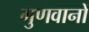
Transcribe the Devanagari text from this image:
गुणवानों